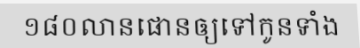
១៨០លានផោនឲ្យទៅកូនទាំង